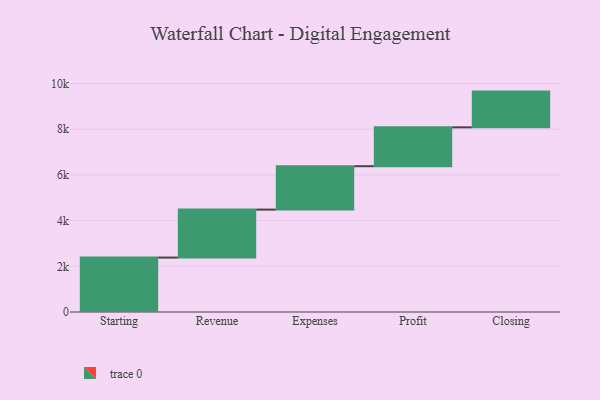
{"axis": {"x": "Step", "y": "Value"}, "legend": [""], "data": [{"x": "Starting", "y": 2383.0, "type": ""}, {"x": "Revenue", "y": 2099.0, "type": ""}, {"x": "Expenses", "y": 1900.0, "type": ""}, {"x": "Profit", "y": 1702.0, "type": ""}, {"x": "Closing", "y": 1564.0, "type": ""}]}